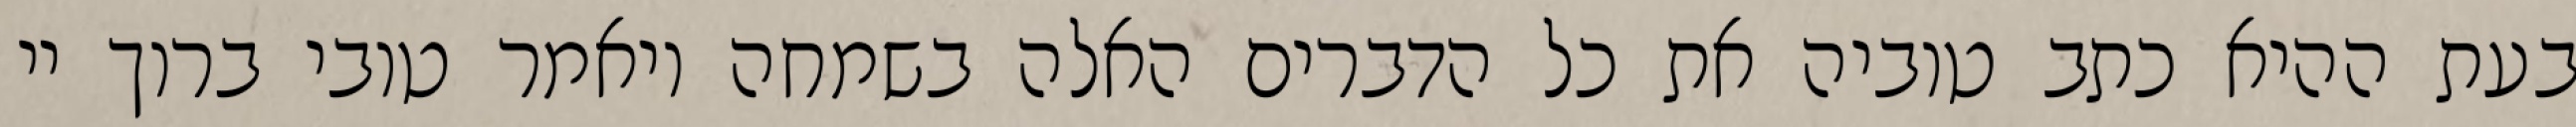
בעת ההיא כתב טוביה את כל הדברים האלה בשמחה ויאמר טובי ברוך יי